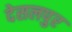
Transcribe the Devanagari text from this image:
देसलपुर